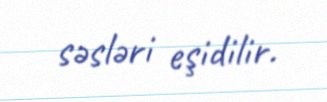
səsləri eşidilir.